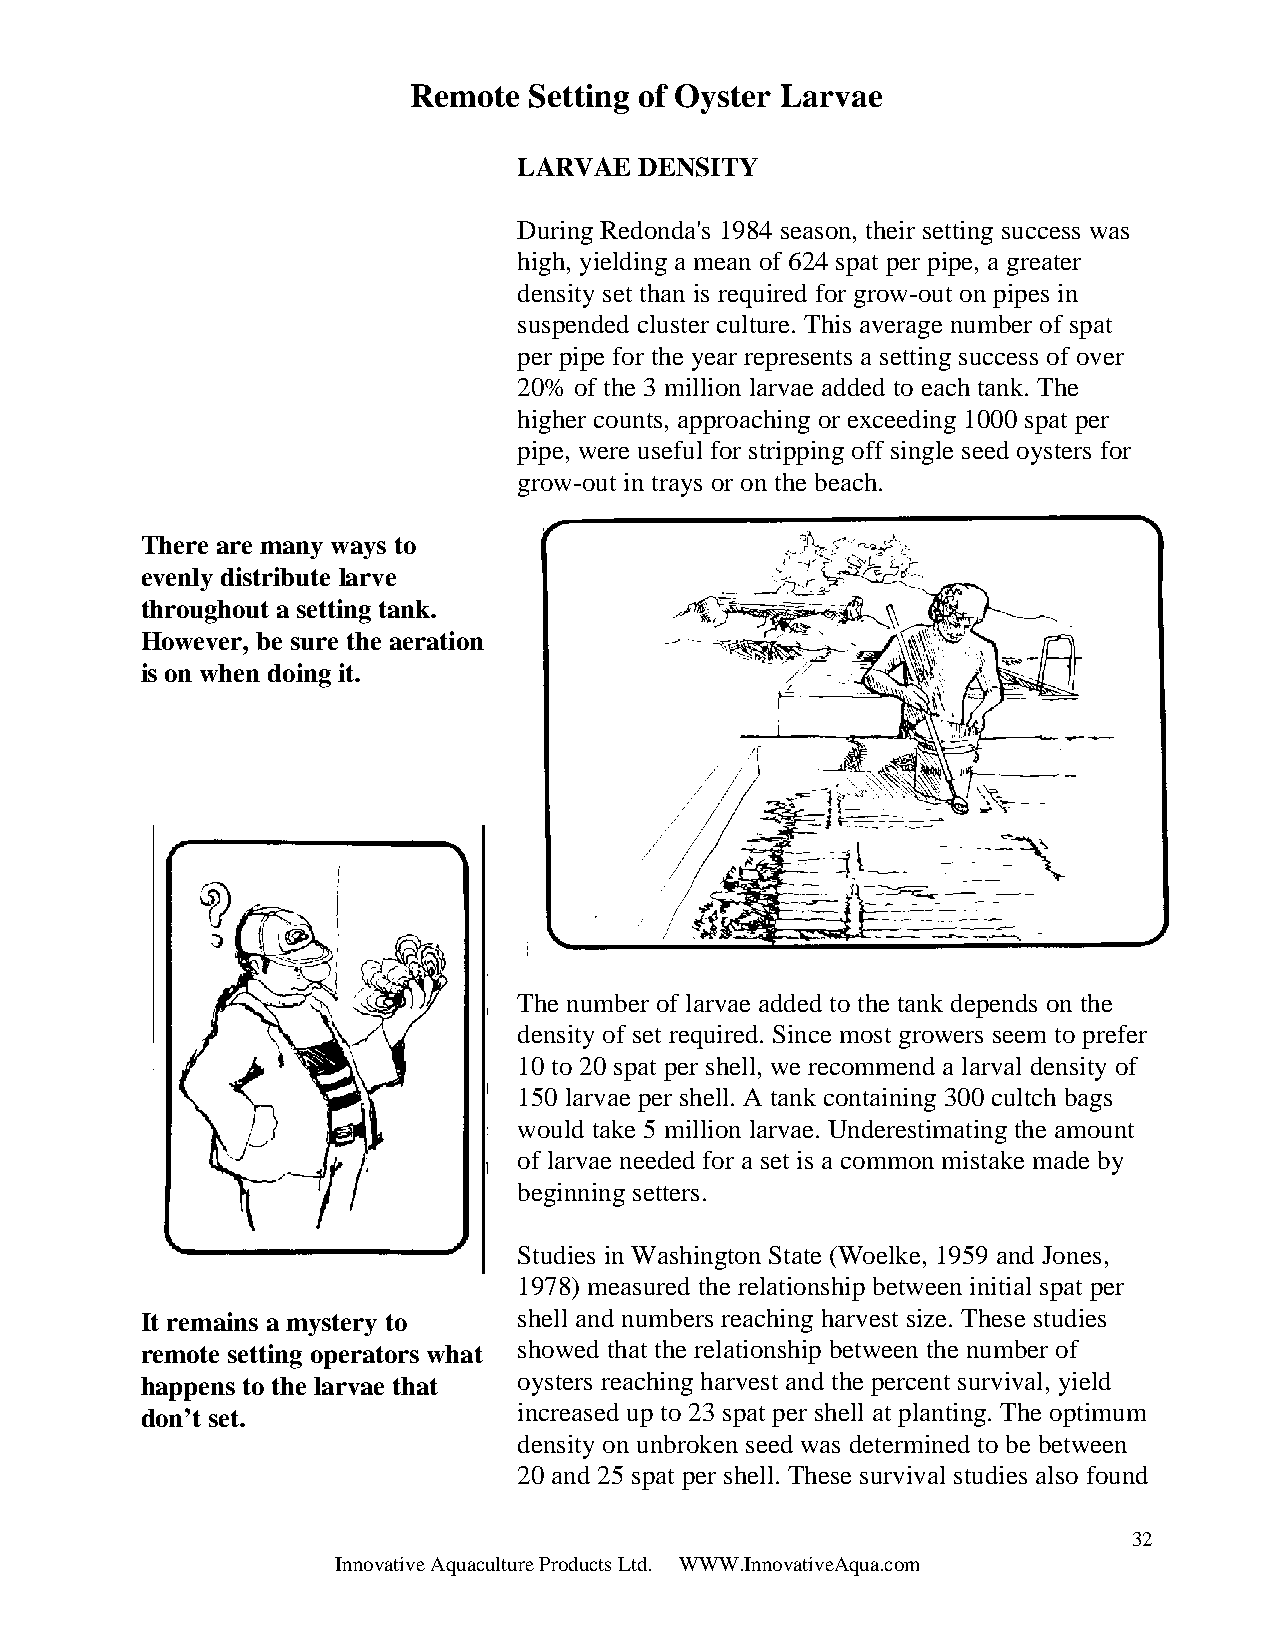
Remote  Setting of Oyster Larvae
 LARVAE  DENSITY
 During Redonda's 1984 season, their setting success was
 high, yielding a mean of 624 spat per pipe, a greater
 density set than is required for grow-out on pipes in
 suspended cluster culture. This average number of spat
 per pipe for the year represents a setting success of over
 20% of the 3 million larvae added to each tank. The
 higher counts, approaching or exceeding 1000 spat per
 pipe, were useful for stripping off single seed oysters for
 grow-out in trays or on the beach.
 There are many ways to
 evenly distribute larve
 throughout a setting tank.
 However, be sure the aeration
 is on when doing it.
 The number of larvae added to the tank depends on the
 density of set required. Since most growers seem to prefer
 10 to 20 spat per shell, we recommend a larval density of
 150 larvae per shell. A tank containing 300 cultch bags
 would take 5 million larvae. Underestimating the amount
 of larvae needed for a set is a common mistake made by
 beginning setters.
 Studies in Washington State (Woelke, 1959 and Jones,
 1978) measured the relationship between initial spat per
 It remains a mystery to  shell and numbers reaching harvest size. These studies
 remote setting operators what showed that the relationship between the number of
 happens to the larvae that oysters reaching harvest and the percent survival, yield
 don’t set.               increased up to 23 spat per shell at planting. The optimum
 density on unbroken seed was determined to be between
 20 and 25 spat per shell. These survival studies also found
 32
 Innovative Aquaculture Products Ltd. WWW.InnovativeAqua.com